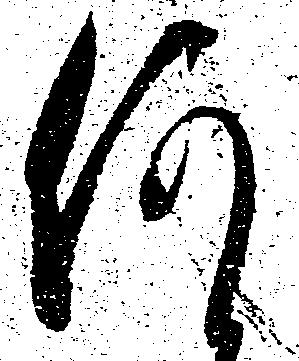
何